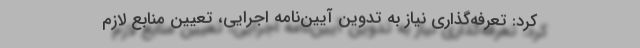
کرد: تعرفه‌گذاری نیاز به تدوین آیین‌نامه اجرایی، تعیین منابع لازم